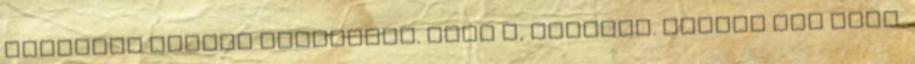
fájlalva kapkod levegőért. Érti ő, megérti. Panasz nem lesz,